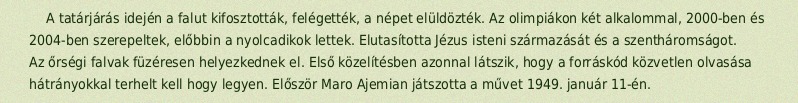
A tatárjárás idején a falut kifosztották, felégették, a népet elüldözték. Az olimpiákon két alkalommal, 2000-ben és 2004-ben szerepeltek, előbbin a nyolcadikok lettek. Elutasította Jézus isteni származását és a szentháromságot. Az őrségi falvak füzéresen helyezkednek el. Első közelítésben azonnal látszik, hogy a forráskód közvetlen olvasása hátrányokkal terhelt kell hogy legyen. Először Maro Ajemian játszotta a művet 1949. január 11-én.